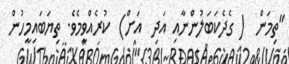
"ތިމަން  ( ގެދެކަބަލުންނާއި އަދި  އަށް)  ކުރެއްވީމެވެ. ތިޔަބައިމީހުން